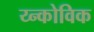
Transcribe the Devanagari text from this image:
य्न्कोविक